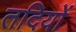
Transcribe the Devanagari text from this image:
तदियों